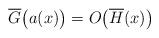
LaTeX: \begin{align*}\overline G\big(a(x)\big)=O\big(\overline H(x)\big)\end{align*}